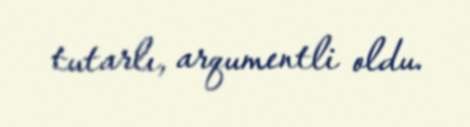
tutarlı, arqumentli oldu.